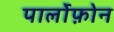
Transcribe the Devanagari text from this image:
पार्लोफ़ोन